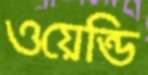
ওয়েন্ডি